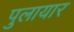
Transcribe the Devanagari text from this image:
पुलायार